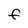
Character: F